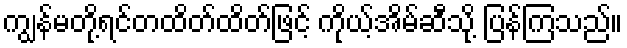
ကျွန်မတို့ရင်တထိတ်ထိတ်ဖြင့် ကိုယ့်အိမ်ဆီသို့ ပြန်ကြသည်။